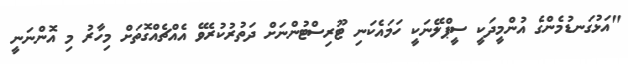
"އަޅުގަނޑުމެންގެ އުންމީދަކީ ސީޕްލޭނަކީ ހަމައެކަނި ޓޫރިސްޓުންނަށް ދަތުރުކުރެވޭ އެއްޗެއްގޮތަށް މިހާރު މި އޮންނަނީ